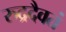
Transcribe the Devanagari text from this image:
रुद्रदैवतं